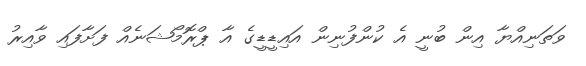
ވަތަނިއްޔާ އިން ބުނީ އެ ކުންފުނިން އައިޑީޑީގެ އާ ޕްރޮމޯޝަނެއް ފަށާފައި ވާއިރު